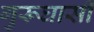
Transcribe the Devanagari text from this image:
गुरूघासी